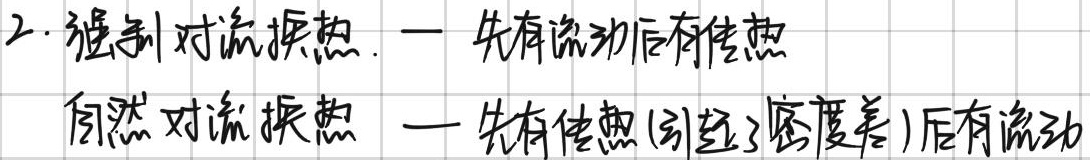
2. 强制对流换热。一、先有流动后有传热。自然对流换热 —— 先有传热(引起了密度差)后有流动